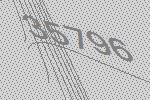
35796